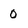
Character: 0